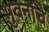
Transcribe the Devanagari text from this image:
भुवनांचे